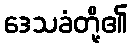
ဒေသခံတို့၏